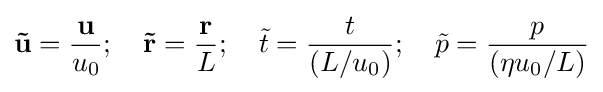
\mathbf {\tilde {u}} ={\dfrac {\mathbf {u} }{u_{0}}};\quad \mathbf {\tilde {r}} ={\dfrac {\mathbf {r} }{L}};\quad {\tilde {t}}={\dfrac {t}{(L/u_{0})}};\quad {\tilde {p}}={\dfrac {p}{(\eta u_{0}/L)}}